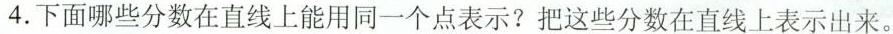
4.下面哪些分数在直线上能用同一个点表示?把这些分数在直线上表示出来。